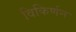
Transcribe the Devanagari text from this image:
विकिर्णन